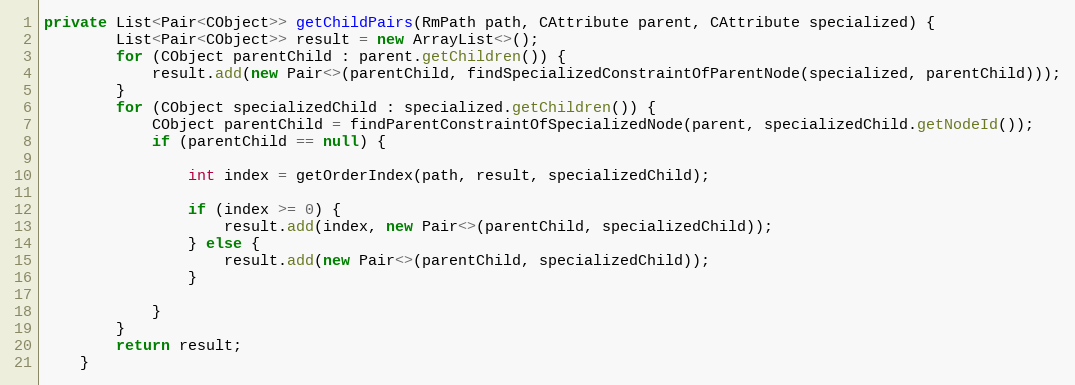
Language: Java
private List<Pair<CObject>> getChildPairs(RmPath path, CAttribute parent, CAttribute specialized) {
        List<Pair<CObject>> result = new ArrayList<>();
        for (CObject parentChild : parent.getChildren()) {
            result.add(new Pair<>(parentChild, findSpecializedConstraintOfParentNode(specialized, parentChild)));
        }
        for (CObject specializedChild : specialized.getChildren()) {
            CObject parentChild = findParentConstraintOfSpecializedNode(parent, specializedChild.getNodeId());
            if (parentChild == null) {

                int index = getOrderIndex(path, result, specializedChild);

                if (index >= 0) {
                    result.add(index, new Pair<>(parentChild, specializedChild));
                } else {
                    result.add(new Pair<>(parentChild, specializedChild));
                }

            }
        }
        return result;
    }